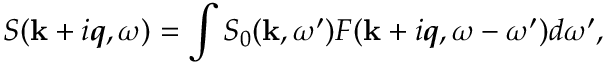
S ( { \bf k } + i \mathbfit { q } , \omega ) = \int S _ { 0 } ( { \bf k } , \omega ^ { \prime } ) F ( { \bf k } + i \mathbfit { q } , \omega - \omega ^ { \prime } ) d \omega ^ { \prime } ,